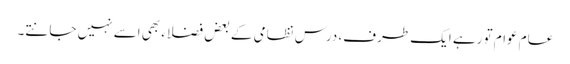
عام عوام تو رہے ایک طرف، درس نظامی کے بعض فضلاء بھی اسے نہیں جانتے۔